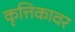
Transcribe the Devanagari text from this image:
कृत्तिकावर